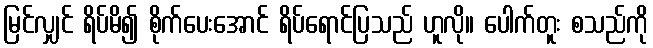
မြင်လျှင် ရိပ်မိ၍ စိုက်ပေးအောင် ရိပ်ရောင်ပြသည် ဟူလို။ ပေါက်တူး စသည်ကို